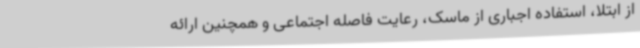
از ابتلا، استفاده اجباری از ماسک، رعایت فاصله اجتماعی و همچنین ارائه